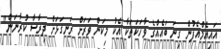
އައިއެމްއެފުން ގިނަ ބައެއްގެ ވާހަކަތަކާ އެކު މިކަން ވަރަށް ރަނގަޅަށް ދިރާސާ ކުރާނަން"